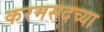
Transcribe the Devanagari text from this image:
करमसदच्या